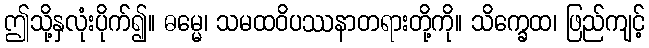
ဤသို့နှလုံးပိုက်၍။ ဓမ္မေ၊ သမထဝိပဿနာတရားတို့ကို။ သိက္ခေထ၊ ဖြည်ကျင့်